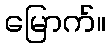
မြောက်။